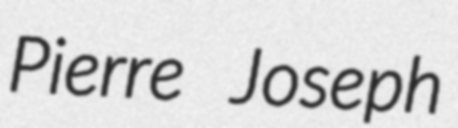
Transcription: Pierre Joseph